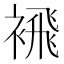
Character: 䙍